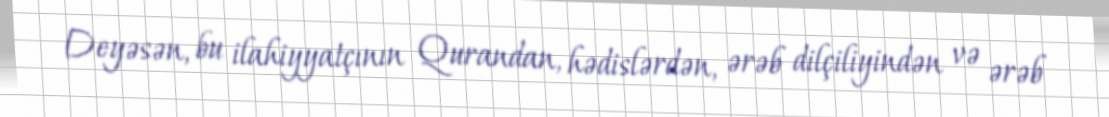
Deyəsən, bu ilahiyyatçının Qurandan, hədislərdən, ərəb dilçiliyindən və ərəb